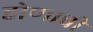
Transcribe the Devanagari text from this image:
होणाची